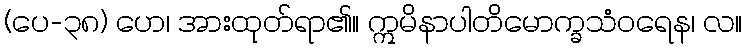
(ပေ-၃၈) ဟေ၊ အားထုတ်ရာ၏။ ဣမိနာပါတိမောက္ခသံဝရေန၊ လ။